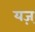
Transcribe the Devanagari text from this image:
यज़्